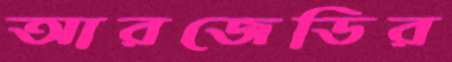
আরজেডির